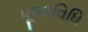
પૂજાવિધિ